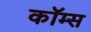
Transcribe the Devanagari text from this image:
कॉम्स